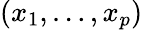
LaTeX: (x_{1},\ldots,x_{p})